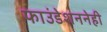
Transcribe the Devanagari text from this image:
फाउंडेशननेही